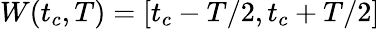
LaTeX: W(t_{c},T)=[t_{c}-T/2,t_{c}+T/2]